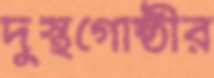
দুস্থগোষ্ঠীর